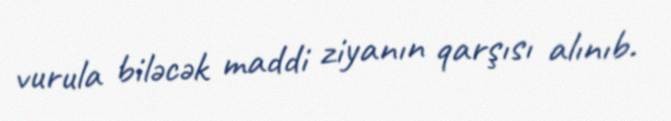
vurula biləcək maddi ziyanın qarşısı alınıb.